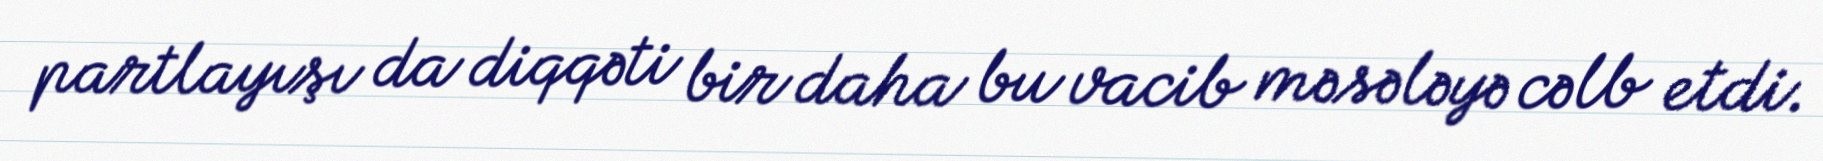
partlayışı da diqqəti bir daha bu vacib məsələyə cəlb etdi.